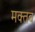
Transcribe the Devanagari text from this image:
मक्तब